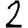
Digit: 2